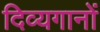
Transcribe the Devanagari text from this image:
दिव्यगानों